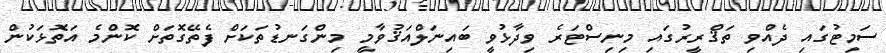
ސަމިޓުގައި ދެއްވި ތަޤްރީރުގައި މިނިސްޓަރެ ވިދާޅުވީ ބައިނަލްއަޤުވާމީ މިންގަނޑުތަކަށް ފެތޭގޮތަށް ކޮންމެ އަތޮޅަކުން